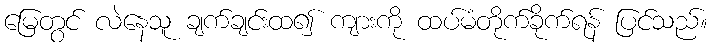
မြေတွင် လဲနေသူ ချက်ချင်းထ၍ ကျားကို ထပ်မံတိုက်ခိုက်ရန် ပြင်သည်။